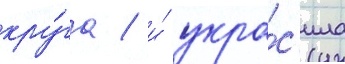
кру́га / и́ укра́с'ила